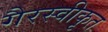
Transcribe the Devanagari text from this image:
गैरस्वीकृत